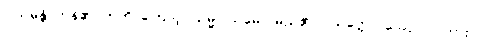
ဝါယမန္တိ၊ ကုန်၏။ ဣတိ၊ ကြောင့်။ သမ္မဝါယမော၊ မည်၏။ ပသတ္တော၊ သော။ ဝါ၊ ကား။